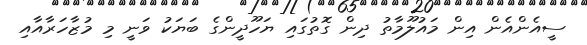
ސީއެންއެން އިން މައުލޫމާތު ދިން ގޮތުގައި ޔަހޫދީންގެ ބަޔަކު ވަނީ މި މުޒާހަރާއާއި